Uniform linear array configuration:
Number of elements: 32
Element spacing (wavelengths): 1
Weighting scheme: binomial
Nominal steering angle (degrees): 0
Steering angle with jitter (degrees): -0.2971
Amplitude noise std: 0.05
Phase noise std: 0.05

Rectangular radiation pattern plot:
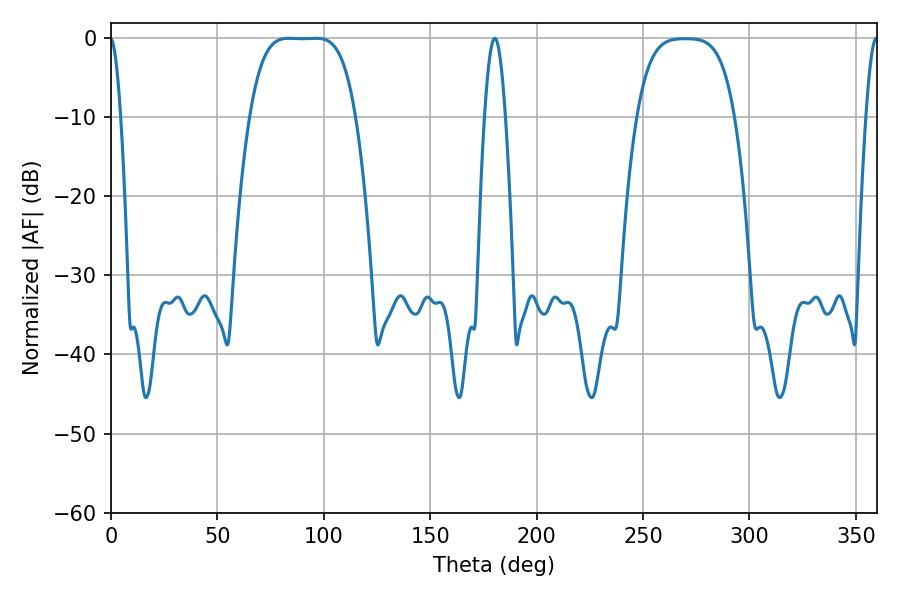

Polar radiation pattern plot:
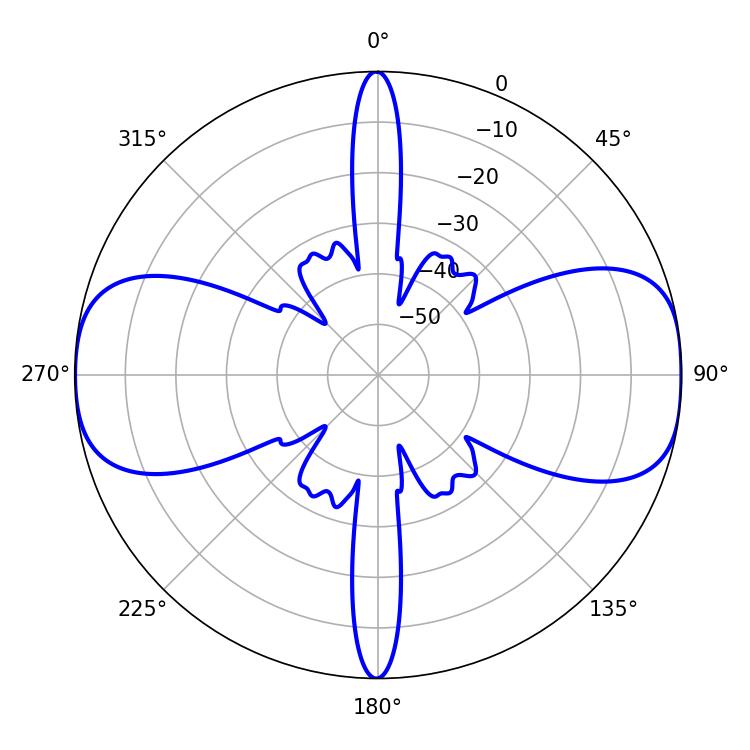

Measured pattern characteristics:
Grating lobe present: TRUE
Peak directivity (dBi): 13.629
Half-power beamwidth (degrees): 37.44
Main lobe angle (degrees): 83.7